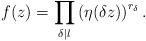
LaTeX: \begin{align*}f(z)=\prod_{\delta |l}\left(\eta(\delta z)\right)^{r_{\delta}}.\end{align*}